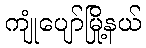
ကျုံပျော်မြို့နယ်